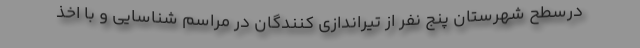
درسطح شهرستان پنج نفر از تیراندازی کنندگان در مراسم شناسایی و با اخذ